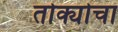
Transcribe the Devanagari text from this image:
तोक्योचा